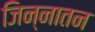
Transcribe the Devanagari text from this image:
जिन्नातन